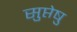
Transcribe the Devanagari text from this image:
सुप्तेषु